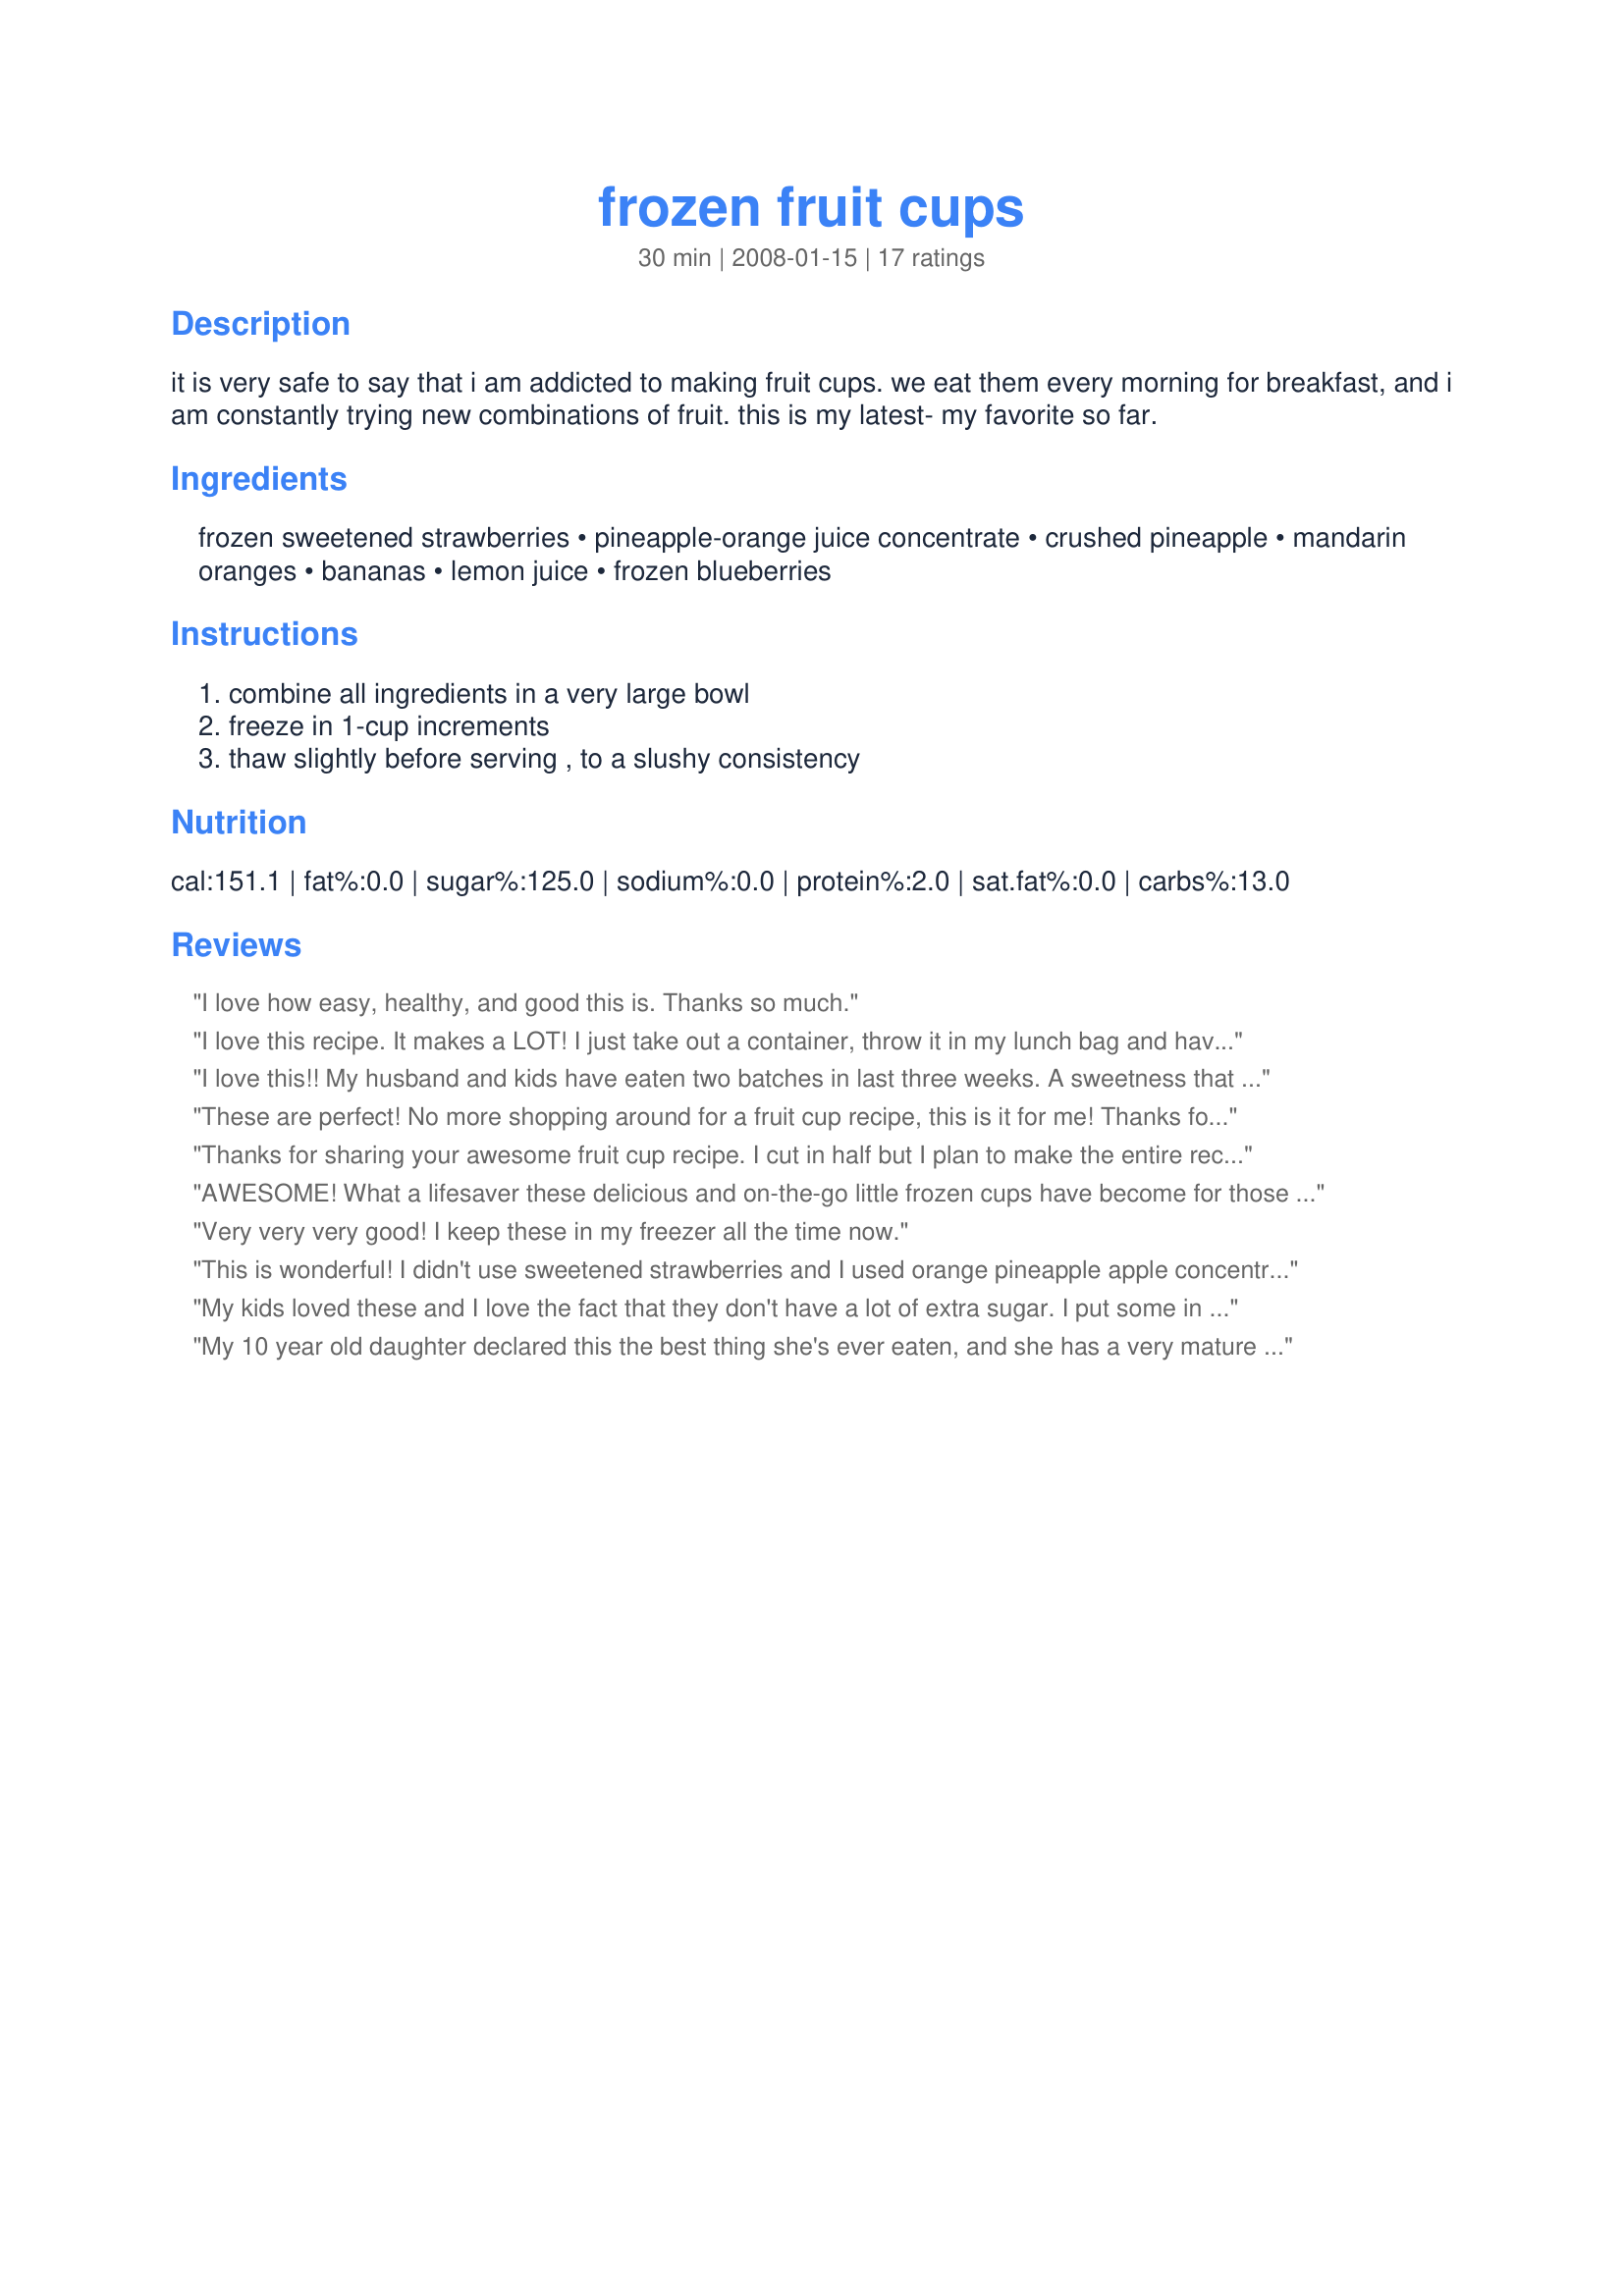
frozen fruit cups
Preparation time: 30 minutes

it is very safe to say that i am addicted to making fruit cups. we eat them every morning for breakfast, and i am constantly trying new combinations of fruit. this is my latest- my favorite so far.

Ingredients:
frozen sweetened strawberries, pineapple-orange juice concentrate, crushed pineapple, mandarin oranges, bananas, lemon juice, frozen blueberries

Steps:
combine all ingredients in a very large bowl, freeze in 1-cup increments, thaw slightly before serving , to a slushy consistency

Reviews:
I love how easy, healthy, and good this is. Thanks so much.
I love this recipe. It makes a LOT! I just take out a container, throw it in my lunch bag and have it either mid-morning or at lunch. It's slushy goodness. About to make another batch for the next couple of weeks. So good and easy. My store was out of the pineapple-orange concentrate, so I used pineapple-mango and I NEVER buy sweetened fruit (why do people add sugar to something that is already inherently sweet???), so my strawberries were unsweetened. But otherwise followed the recipe exactly. It's awesome!
I love this!! My husband and kids have eaten two batches in last three weeks. A sweetness that is good for you!
These are perfect! No more shopping around for a fruit cup recipe, this is it for me! Thanks for posting!
Thanks for sharing your awesome fruit cup recipe. I cut in half but I plan to make the entire recipe for a ladies garden party garnished with a mint leaf.
AWESOME! What a lifesaver these delicious and on-the-go little frozen cups have become for those hectic days when nutritional value is getting stretched in my family's diet! I use unsweetened strawberries, but it still tastes plenty sweet to my crew. Thanks for posting!
Very very very good! I keep these in my freezer all the time now.
This is wonderful! I didn't use sweetened strawberries and I used orange pineapple apple concentrate.
My kids loved these and I love the fact that they don't have a lot of extra sugar. I put some in a lareg container for dinner and some into 1 cup plastic freezer jars to try in lunch boxes. We are already planning different combinations for summer.
My 10 year old daughter declared this the best thing she's ever eaten, and she has a very mature palate. I found it to be one of the most fun things to make! I felt such satisfaction with my one-cup freezable containers stacked with this delicious mixture. Rather than pineapple-orange juice, I used 12 oz fruit punch concentrate and 12 oz orange juice concentrate. I also drained the mandarin oranges since I had already added extra juice. Turned out fantastic! Thank you!
These are delicious! The recipe makes lots of fruit salad, which I froze for future use. Awesome!
These are yummy, healthy and great for a hot summer day! Thanks Munchkin Mama!
Goes beautifully with your Fruity Oatmeal Pancakes.
I am so disappointed in this recipe. Was super excited about it but none of my kids (3) liked it and then I offered it to three neighbor kids and only one liked it. I have like 20 of these frozen now, and don&#039;t know what I am going to do with them! :o( Smoothies??? The only thing I can think of is that I couldn&#039;t find pineapple/orange concentrate and I used regular orange concentrate and my mandarins were in water so I drained them. Maybe this made the slush too bitter and not sweet enough....
Great idea. I have left over fruit salad from a party that I will try this with.
Really delish, and really nice to have in the freezer to throw in a lunch. They soften quickly, I've found. Thanks so much for sharing your fruit combos!
Glad you shared this! I made some to go with the OAMC pb&j sandwiches. Both were quick and easy grab and go lunch ideas.
